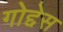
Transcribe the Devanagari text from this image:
गोद्देस